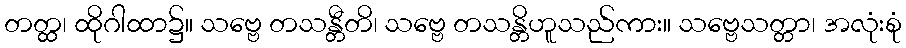
တတ္ထ၊ ထိုဂါထာ၌။ သဗ္ဗေ တသန္တီတိ၊ သဗ္ဗေ တသန္တိဟူသည်ကား။ သဗ္ဗေသတ္တာ၊ အလုံးစုံ